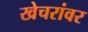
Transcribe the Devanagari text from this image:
खेचरांवर